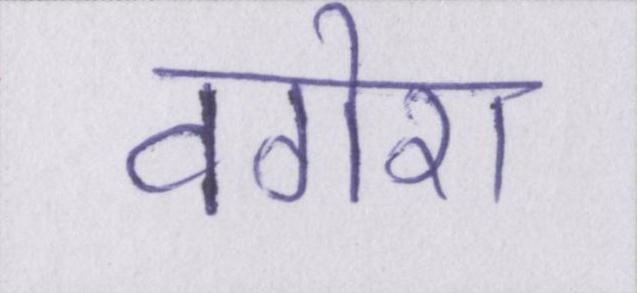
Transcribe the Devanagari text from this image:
वगेरा